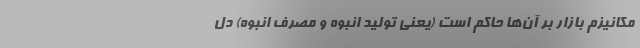
مکانیزم بازار بر آن‌ها حاکم است (یعنی تولید انبوه و مصرف انبوه) دل